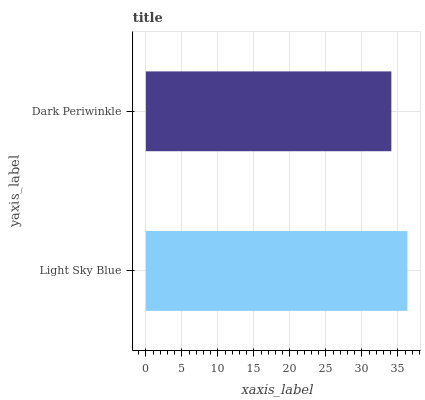
| yaxis_label | bars |
 | --- | --- |
 | Light Sky Blue | 36.3 |
 | Dark Periwinkle | 34.1 |